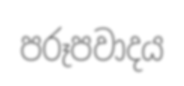
පරූපවාදය